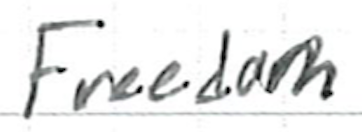
Text: Freedom
Cross-out: clean
Writing tool: ballpoint